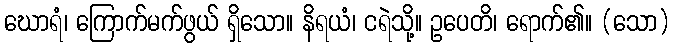
ဃောရံ၊ ကြောက်မက်ဖွယ် ရှိသော။ နိရယံ၊ ငရဲသို့။ ဥပေတိ၊ ရောက်၏။ (သော)